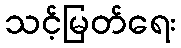
သင့်မြတ်ရေး